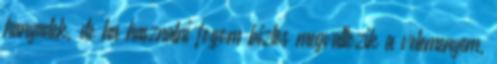
hanyadek, de ha hasznalni fogom biztos megvaltozik a velemenyem,